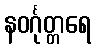
နဝင်္ဂုတ္တရေ